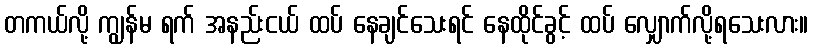
တကယ်လို့ ကျွန်မ ရက် အနည်းငယ် ထပ် နေချင်သေးရင် နေထိုင်ခွင့် ထပ် လျှောက်လို့ရသေးလား။